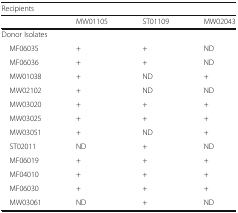
<table><thead><tr><td colspan="4"><b>Recipients</b></td></tr><tr><td></td><td><b>MW01105</b></td><td><b>ST01109</b></td><td><b>MW02043</b></td></tr></thead><tbody><tr><td colspan="4">Donor Isolates</td></tr><tr><td> MF06035</td><td>+</td><td>+</td><td>ND</td></tr><tr><td> MF06036</td><td>+</td><td>+</td><td>ND</td></tr><tr><td> MW01038</td><td>+</td><td>ND</td><td>+</td></tr><tr><td> MW02102</td><td>+</td><td>ND</td><td>ND</td></tr><tr><td> MW03020</td><td>+</td><td>+</td><td>+</td></tr><tr><td> MW03025</td><td>+</td><td>+</td><td>+</td></tr><tr><td> MW03051</td><td>+</td><td>ND</td><td>+</td></tr><tr><td> ST02011</td><td>ND</td><td>+</td><td>ND</td></tr><tr><td> MF06019</td><td>+</td><td>+</td><td>+</td></tr><tr><td> MF04010</td><td>+</td><td>+</td><td>+</td></tr><tr><td> MF06030</td><td>+</td><td>+</td><td>+</td></tr><tr><td> MW03061</td><td>ND</td><td>+</td><td>ND</td></tr></tbody></table>